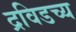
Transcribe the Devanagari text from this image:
द्रविडच्य